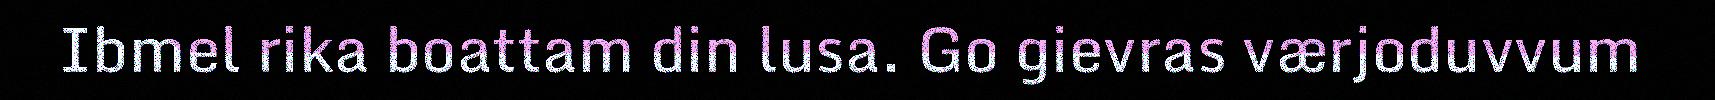
Ibmel rika boattam din lusa. Go gievras værjoduvvum